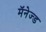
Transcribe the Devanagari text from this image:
मॅनेज्ड